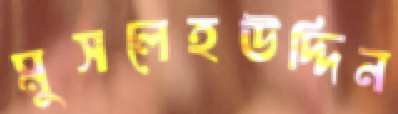
মুসলেহউদ্দিন